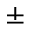
\pm